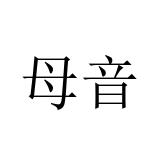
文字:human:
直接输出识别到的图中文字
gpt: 母音